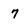
Character: 7